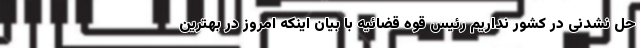
حل نشدنی در کشور نداریم رئیس قوه قضائیه با بیان اینکه امروز در بهترین